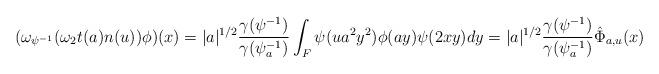
LaTeX: \begin{align*}(\omega_{\psi^{-1}}(\omega_2t(a)n(u))\phi)(x)=|a|^{1/2}\frac{\gamma(\psi^{-1})}{\gamma(\psi^{-1}_a)}\int_F\psi(ua^2y^2)\phi(ay)\psi(2xy)dy=|a|^{1/2}\frac{\gamma(\psi^{-1})}{\gamma(\psi^{-1}_a)}\hat{\Phi}_{a,u}(x)\end{align*}